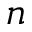
n